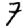
Digit: 7